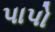
પાપો